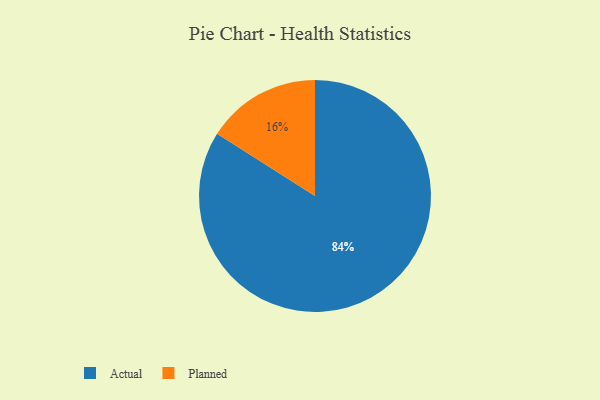
{"axis": {"x": "Category", "y": "Percentage"}, "legend": ["Actual", "Planned"], "data": [{"x": "Planned", "y": 16, "type": "Planned"}, {"x": "Actual", "y": 84, "type": "Actual"}]}